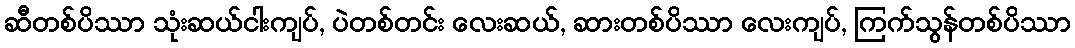
ဆီတစ်ပိဿာ သုံးဆယ်ငါးကျပ်, ပဲတစ်တင်း လေးဆယ်, ဆားတစ်ပိဿာ လေးကျပ်, ကြက်သွန်တစ်ပိဿာ